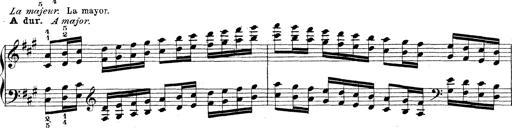
Title: Technische Studien
Composer: Franz Liszt